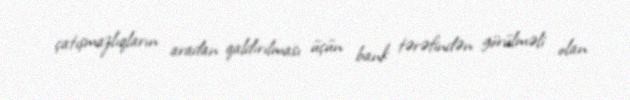
çatışmazlıqların aradan qaldırılması üçün bank tərəfindən görülməli olan